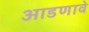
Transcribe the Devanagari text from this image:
आडणावे